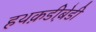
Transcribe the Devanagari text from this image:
हथक़डीब़ेडी